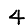
Digit: 4